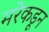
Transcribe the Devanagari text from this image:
मरेकडून